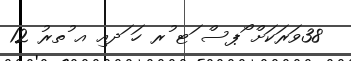
38ވަރަކަށް ޯޕސް ަޓ ުރ ހަ ަދއިި އ ުތރު 12